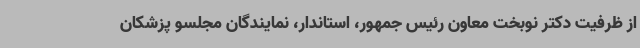
از ظرفیت دکتر نوبخت معاون رئیس جمهور، استاندار، نمایندگان مجلسو پزشکان